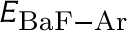
E _ { \mathrm { B a F - A r } }